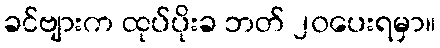
ခင်ဗျားက ထုပ်ပိုးခ ဘတ် ၂၀ပေးရမှာ။